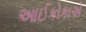
આઈકોકાએ